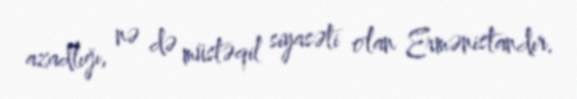
azadlığı, nə də müstəqil siyasəti olan Ermənistandır.